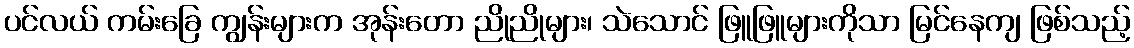
ပင်လယ် ကမ်းခြေ ကျွန်းများက အုန်းတော ညိုညိုများ၊ သဲသောင် ဖြူဖြူများကိုသာ မြင်နေကျ ဖြစ်သည့်